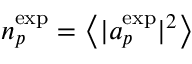
n _ { p } ^ { \mathrm { e x p } } = \left< | a _ { p } ^ { \mathrm { e x p } } | ^ { 2 } \right>